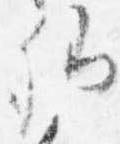
卿